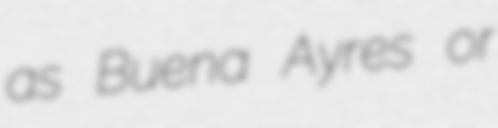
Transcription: as Buena Ayres or